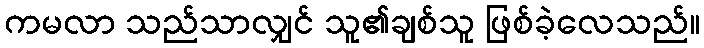
ကမလာ သည်သာလျှင် သူ၏ချစ်သူ ဖြစ်ခဲ့လေသည်။